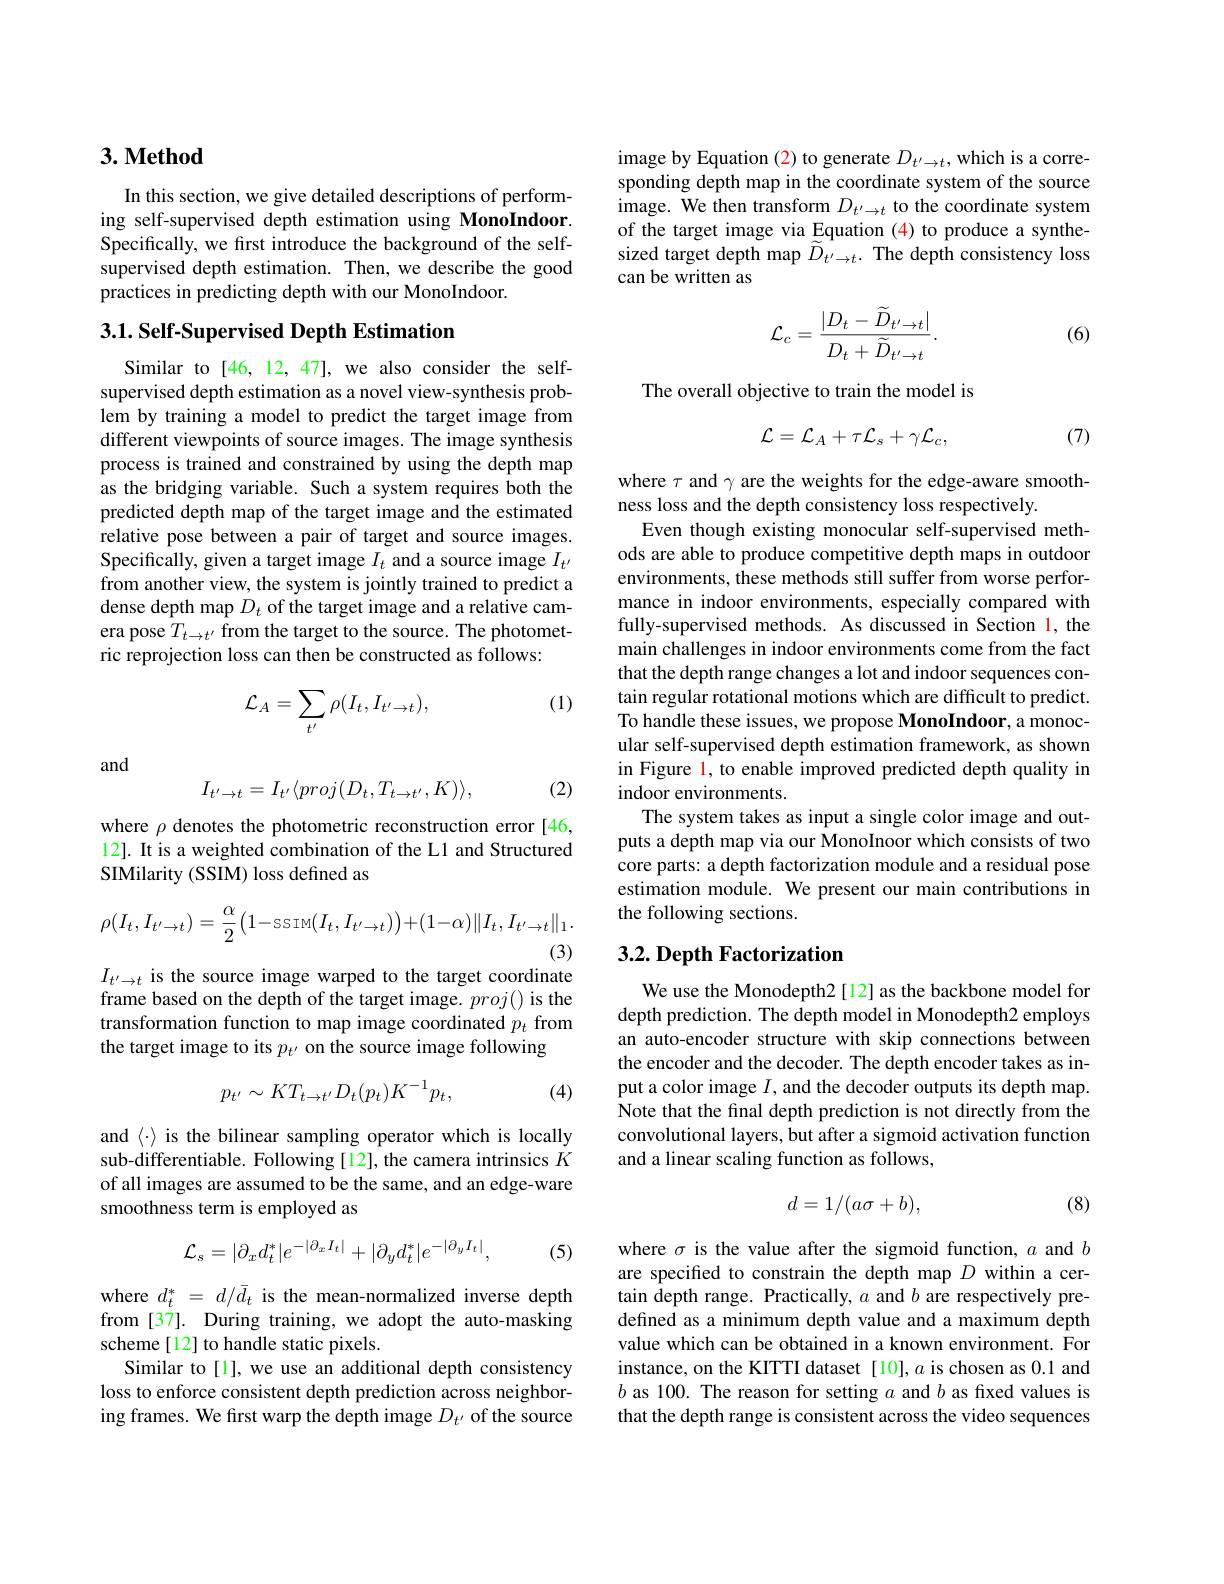
## $3. \textbf{Method}$

In this section, we give detailed descriptions of performing self-supervised depth estimation using MonoIndoor. Specifically, we first introduce the background of the selfsupervised depth estimation. Then, we describe the good practices in predicting depth with our MonoIndoor.

## 3.1. Self-Supervised Depth Estimation

Similar to [46, 12, 47], we also consider the selfsupervised depth estimation as a novel view-synthesis problem by training a model to predict the target image from different viewpoints of source images. The image synthesis process is trained and constrained by using the depth map as the bridging variable. Such a system requires both the predicted depth map of the target image and the estimated relative pose between a pair of target and source images. Specifically, given a target image $I_t$ and a source image $I_t^{\prime}$ from another view, the system is jointly trained to predict a dense depth map $D_t$ of the target image and a relative camera pose $T_t\to t^{\prime}$ from the target to the source. The photometric reprojection loss can then be constructed as follows:

(1)
$$\mathcal{L}_{A}=\sum_{t'}\rho(I_{t},I_{t'\to t}),$$
and

(2)
$$I_{t^{\prime}\to t}=I_{t^{\prime}}\langle proj(D_{t},T_{t\to t^{\prime}},K)\rangle,$$
where $\rho$ denotes the photometric reconstruction error[46, 12]. It is a weighted combination of the L1 and Structured SIMilarity (SSIM) loss defined as
$$\rho(I_{t},I_{t'\to t})=\frac{\alpha}{2}\left(1-\text{ssim}(I_{t},I_{t'\to t})\right)+(1-\alpha)\|I_{t},I_{t'\to t}\|_{1}.$$
(3)

$I_{t^{\prime}\to t}$ is the source image warped to the target coordinate

frame based on the depth of the target image. $proj()$ is the transformation function to map image coordinated $p_t$ from the target image to its $p_{t^{\prime}}$ on the source image following

(4)
$$p_{t'}\sim KT_{t\to t'}D_{t}(p_{t})K^{-1}p_{t},$$
$and〈\cdot〉is the bilinear sampling operator which is locally$ sub-differentiable. Following[12], the camera intrinsics $K$ of all images are assumed to be the same, and an edge-ware smoothness term is employed as

(5)
$$\mathcal{L}_{s}=|\partial_{x}d_{t}^{*}|e^{-|\partial_{x}I_{t}|}+|\partial_{y}d_{t}^{*}|e^{-|\partial_{y}I_{t}|},$$
where $d_t^*=d/\bar{d}_t$ is the mean-normalized inverse depth from [37]. During training, we adopt the auto-masking scheme[12] to handle static pixels.
Similar to [1], we use an additional depth consistency loss to enforce consistent depth prediction across neighboring frames. We first warp the depth image $D_t^{\prime}$ of the source

image by Equation (2) to generate $D_{t^{\prime}\to t}$, which is a corresponding depth map in the coordinate system of the source image. We then transform $D_{t^{\prime}\to t}$ to the coordinate system of the target image via Equation (4) to produce a synthesized target depth map $\widetilde{D}_{t^{\prime}\to t}.$ The depth consistency loss can be written as
$$\mathcal{L}_{c}=\frac{|D_{t}-\widetilde{D}_{t^{\prime}\to t}|}{D_{t}+\widetilde{D}_{t^{\prime}\to t}}.$$
(6)

The overall objective to train the model is
$$\mathcal{L}=\mathcal{L}_{A}+\tau\mathcal{L}_{s}+\gamma\mathcal{L}_{c},$$
(7)

where $\tau$ and $\gamma$ are the weights for the edge-aware smooth-
ness loss and the depth consistency loss respectively.
Even though existing monocular self-supervised methods are able to produce competitive depth maps in outdoor environments, these methods still suffer from worse performance in indoor environments, especially compared with fully-supervised methods. As discussed in Section 1, the main challenges in indoor environments come from the fact that the depth range changes a lot and indoor sequences contain regular rotational motions which are difficult to predict. To handle these issues, we propose MonoIndoor, a monocular self-supervised depth estimation framework, as shown in Figure l, to enable improved predicted depth quality in indoor environments.
The system takes as input a single color image and outputs a depth map via our MonoInoor which consists of two core parts: a depth factorization module and a residual pose estimation module. We present our main contributions in the following sections.

## 3.2. Depth Factorization

We use the Monodepth2[12] as the backbone model for depth prediction. The depth model in Monodepth2 employs an auto-encoder structure with skip connections between the encoder and the decoder. The depth encoder takes as input a color image $I$, and the decoder outputs its depth map. Note that the final depth prediction is not directly from the convolutional layers, but after a sigmoid activation function and a linear scaling function as follows,

(8)
$$d=1/(a\sigma+b),$$
where $\sigma$ is the value after the sigmoid function, $a$ and $b$ are specified to constrain the depth map $D$ within a certain depth range. Practically, $a$ and $b$ are respectively predefined as a minimum depth value and a maximum depth value which can be obtained in a known environment. For instance, on the KITTI dataset [10], $a$ is chosen as 0.1 and $b$ as 100. The reason for setting $a$ and $b$ as fixed values is that the depth range is consistent across the video sequences